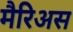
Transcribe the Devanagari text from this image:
मैरिअस